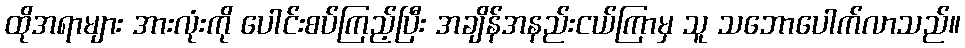
ထိုအရာများ အားလုံးကို ပေါင်းစပ်ကြည့်ပြီး အချိန်အနည်းငယ်ကြာမှ သူ သဘောပေါက်လာသည်။